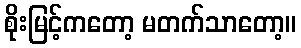
စိုးမြင့်ကတော့ မတက်သာတော့။